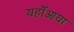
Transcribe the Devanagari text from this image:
यहाँआया